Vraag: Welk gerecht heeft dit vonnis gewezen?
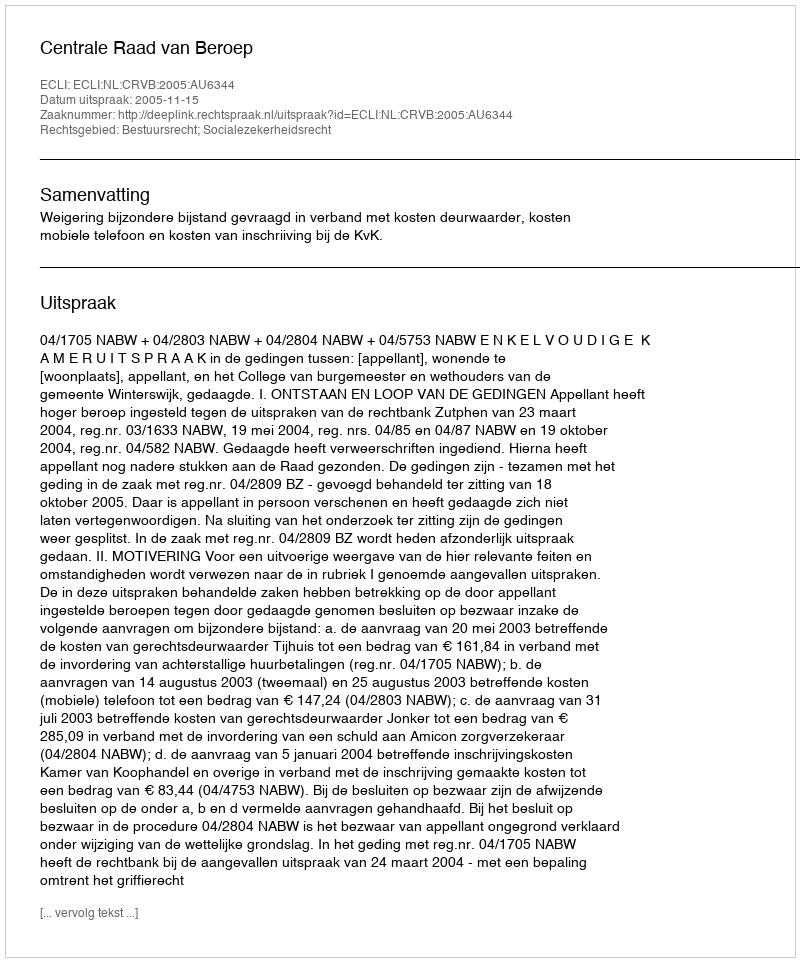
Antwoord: Centrale Raad van Beroep